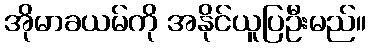
အိုမာခယမ်ကို အနိုင်ယူပြဦးမည်။